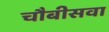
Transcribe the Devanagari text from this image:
चौबीसवा